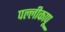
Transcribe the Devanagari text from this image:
पल्लीकापू